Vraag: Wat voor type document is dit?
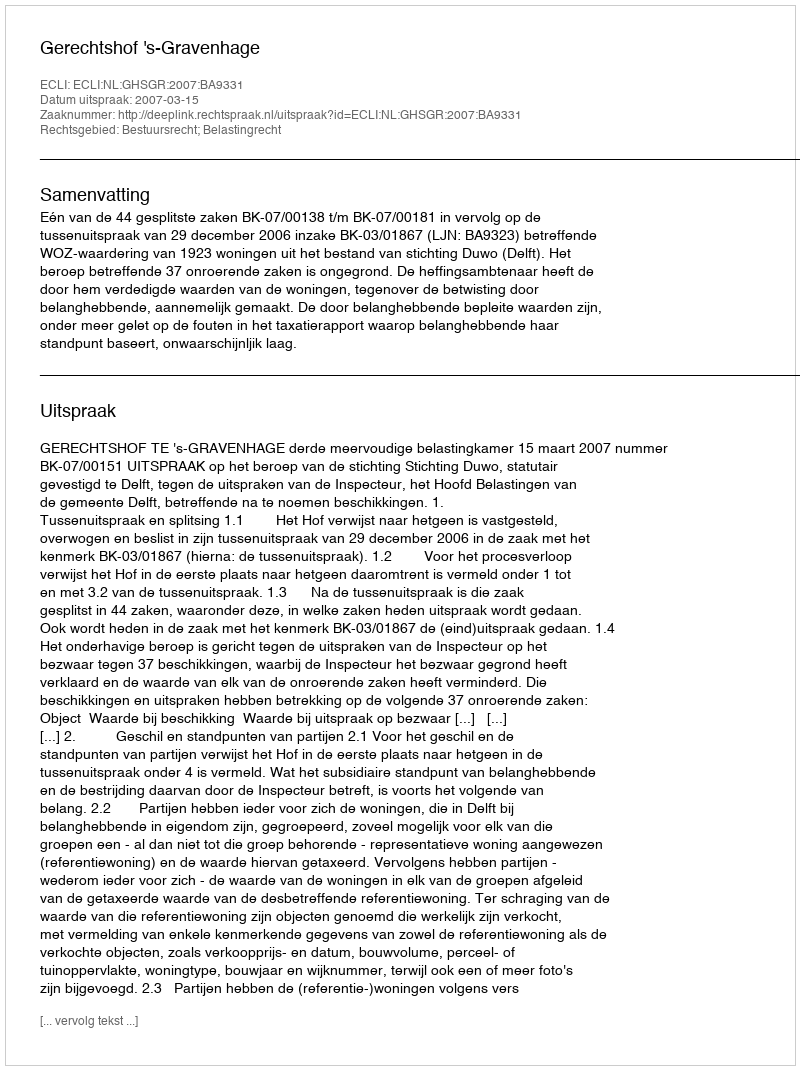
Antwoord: Uitspraak